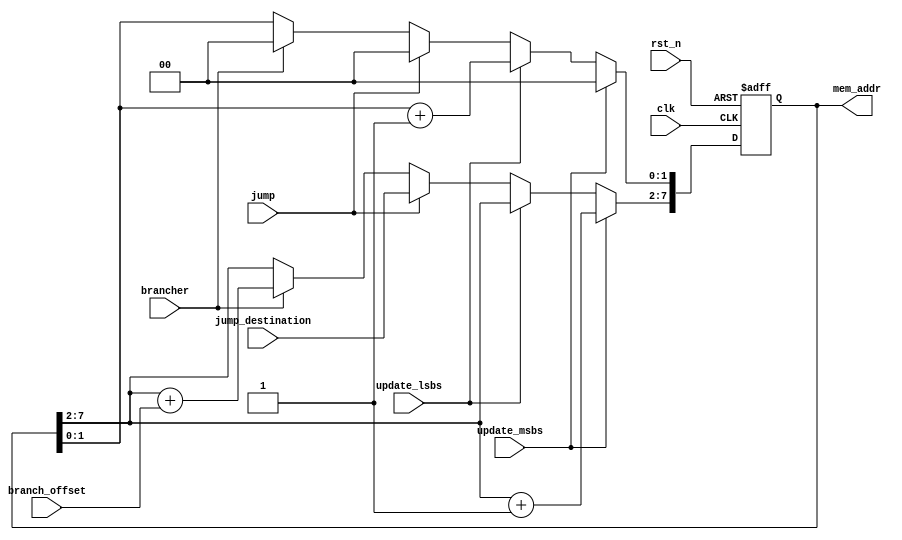
`timescale 1ns / 1ps
//////////////////////////////////////////////////////////////////////////////////
// 
// Munya Kaudani 
// Program Counter for MIPS processor
// 
//////////////////////////////////////////////////////////////////////////////////


module program_counter(
		       input wire	clk,
		       input wire	rst_n,
		       input wire	update_msbs,
		       input wire	update_lsbs,
		       input wire	jump,
		       input wire [5:0]	jump_destination,
		       input wire	brancher,
		       input wire [5:0] branch_offset,
		       output reg [7:0] mem_addr
		       );
    
    // internal combinational registers
    reg [7:0] mem_addr_next;
    
    
    // sequential logic    
    always @(posedge clk or negedge rst_n)
    begin
        if (rst_n == 1'b0) begin
            mem_addr <= 8'h00;
        end else begin
            mem_addr <= mem_addr_next;
        end   
    end

   // combinational logic
    always @(*)
    begin
        mem_addr_next = mem_addr;
        
        if (update_msbs == 1'b1) begin
            // use "update_msbs" to progress one instruction, each instruction is 4 memory addresses 
            //    so it counts in increments of 4
            mem_addr_next[7:2] = mem_addr[7:2] + 1'b1;
            mem_addr_next[1:0] = 2'b00;
        end else if (update_lsbs == 1'b1) begin
            // use "update_lsbs" to progress to the next memory address, use it to advance to the next
            //    8 bits of an instruction
            mem_addr_next[1:0] = mem_addr[1:0] + 1'b1;
        end else if (jump == 1'b1) begin
            // use "jump" for the jump command, jumps to the instruction indicated. 
            mem_addr_next[7:2] = jump_destination;
            mem_addr_next[1:0] = 2'b00;
        end else if (brancher == 1'b1) begin
            // use "brancher" for the "branch if equal" command, branches to 
            //    current instruction number + branch_offset
            mem_addr_next[7:2] = mem_addr[7:2] + branch_offset;
            mem_addr_next[1:0] = 2'b00;
        end
     end
       
endmodule